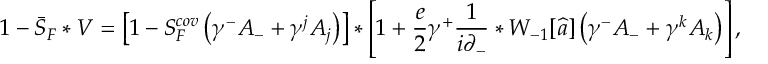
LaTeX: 1 - \bar { S } _ { F } \ast { \cal V } = \left[ 1 - S _ { F } ^ { c o v } \left( \gamma ^ { - } { A } _ { - } + \gamma ^ { j } { A } _ { j } \right) \right] \ast \left[ 1 + \frac { e } { 2 } \gamma ^ { + } \frac { 1 } { i \partial _ { - } } \ast { \cal W } _ { - 1 } [ \widehat { a } ] \left( \gamma ^ { - } { A } _ { - } + \gamma ^ { k } { A } _ { k } \right) \right] ,